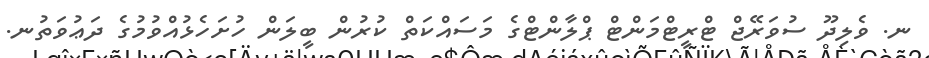
ނ. ވެލިދޫ ސުވަރޭޖް ޓްރީޓްމަންޓް ޕްލާންޓްގެ މަސަައްކަތް ކުރުން ބީލަން ހުށަހެޅުއްވުމުގެ ދަޢުވަތުނ.